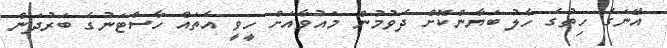
އޭނަގެ ހިތުގެ ހާލު ބަޔާންކޮށް ދެވުމުން މައުވާއަށް ހީވީ އެތައް ހާސްޓަނުގެ ބަރުދަން